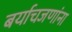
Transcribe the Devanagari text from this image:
बर्याचजणांना